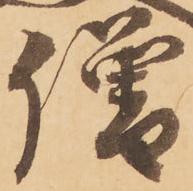
僧